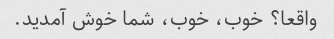
واقعا؟ خوب، خوب، شما خوش آمدید.